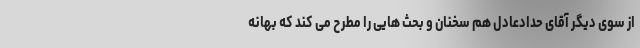
از سوی دیگر آقای حدادعادل هم سخنان و بحث هایی را مطرح می کند که بهانه